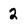
Character: 2